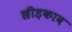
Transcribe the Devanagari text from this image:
छीड़काव